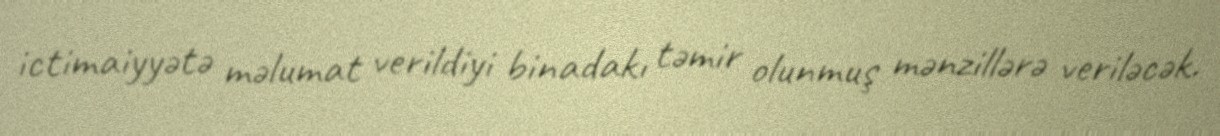
ictimaiyyətə məlumat verildiyi binadakı təmir olunmuş mənzillərə veriləcək.